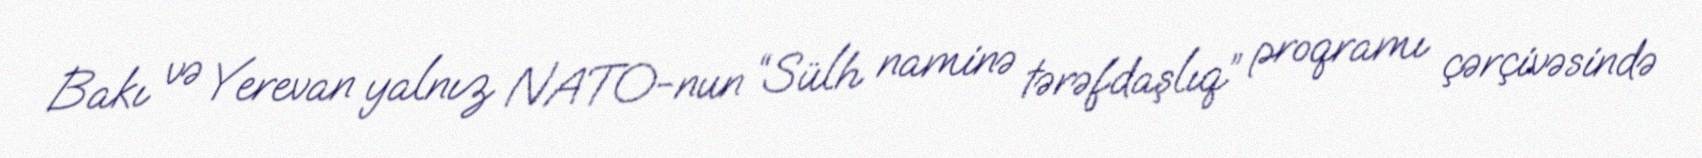
Bakı və Yerevan yalnız NATO-nun “Sülh naminə tərəfdaşlıq” proqramı çərçivəsində